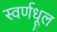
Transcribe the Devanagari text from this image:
स्वर्णधूल